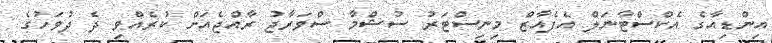
އިންޑިއާގެ އެކްސްޓާނަލް އެފެއާޒް މިނިސްޓަރު ސުޝްމާ ސްވަރާޖު ރާއްޖެއަށް ކުރެއްވި ދެ ދުވަހުގެ